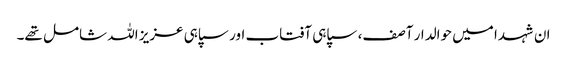
ان شہدا میں حوالدار آصف، سپاہی آفتاب اور سپاہی عزیز اللہ شامل تھے۔